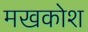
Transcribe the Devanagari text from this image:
मखकोश